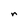
Character: r